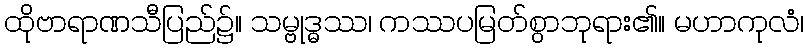
ထိုဗာရာဏသီပြည်၌။ သမ္ဗုဒ္ဓဿ၊ ကဿပမြတ်စွာဘုရား၏။ မဟာကုလံ၊